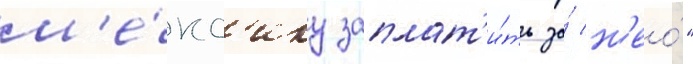
м'е́кс'ику заплат'и́ть за́ н'ео́"